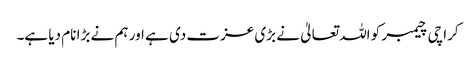
کراچی چیمبر کو اللہ تعالیٰ نے بڑی عزت دی ہے اور ہم نے بڑا نام دیا ہے۔